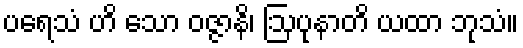
ပရေသံ ဟိ သော ဝဇ္ဇာနိ၊ ဩပုနာတိ ယထာ ဘုသံ။